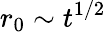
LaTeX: r_{0}\sim t^{1/2}